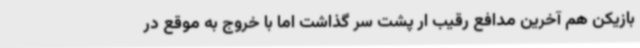
بازیکن هم آخرین مدافع رقیب ار پشت سر گذاشت اما با خروج به موقع در